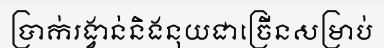
ប្រាក់រង្វាន់និងនុយជាច្រើនសម្រាប់